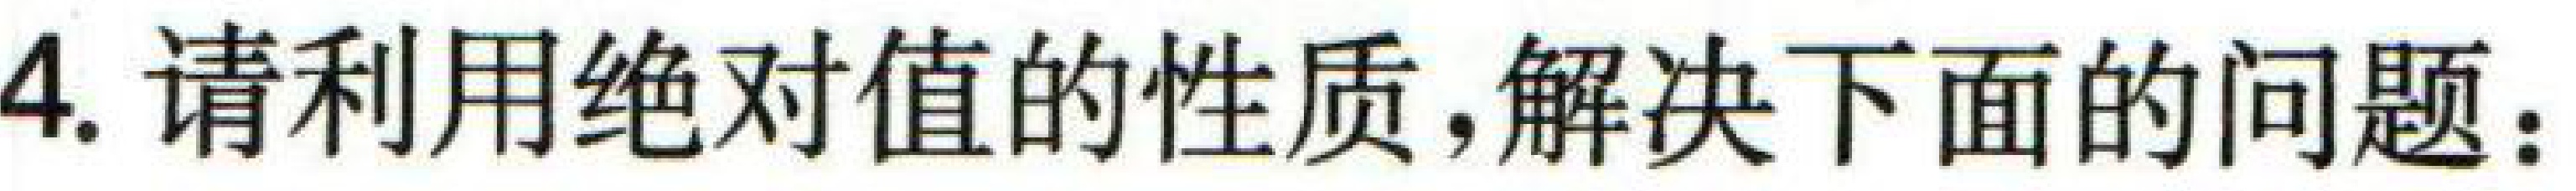
4. 请利用绝对值的性质,解决下面的问题：